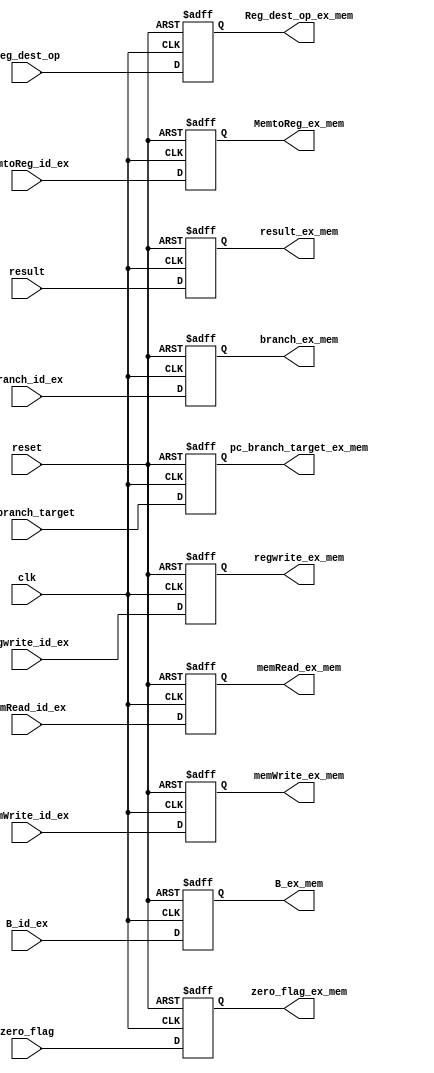
`timescale 1ns / 1ps
//////////////////////////////////////////////////////////////////////////////////
// Company: 
// Engineer: 
// 
// Design Name: 
// Module Name: ex_mem
// Project Name: 
// Target Devices: 
// Tool Versions: 
// Description: 
// 
// Dependencies: 
// 
// Revision:
// Revision 0.01 - File Created
// Additional Comments:
// 
//////////////////////////////////////////////////////////////////////////////////


module ex_mem(pc_branch_target,zero_flag,result,
B_id_ex, Reg_dest_op,
branch_id_ex,memRead_id_ex,memWrite_id_ex,
regwrite_id_ex,MemtoReg_id_ex,
branch_ex_mem,memRead_ex_mem,memWrite_ex_mem,
regwrite_ex_mem,MemtoReg_ex_mem,
pc_branch_target_ex_mem, result_ex_mem ,
B_ex_mem ,zero_flag_ex_mem, Reg_dest_op_ex_mem,
clk,reset);

input [31:0] pc_branch_target , result , B_id_ex;
input zero_flag;
input [4:0] Reg_dest_op;
input branch_id_ex,memRead_id_ex,memWrite_id_ex;
input regwrite_id_ex,MemtoReg_id_ex;
input clk , reset;

output reg branch_ex_mem,memRead_ex_mem,memWrite_ex_mem;
output reg regwrite_ex_mem,MemtoReg_ex_mem;
output reg[31:0] pc_branch_target_ex_mem, result_ex_mem, B_ex_mem;
output reg zero_flag_ex_mem;
output reg [4:0] Reg_dest_op_ex_mem;

always@(posedge clk or negedge reset)
begin

if(reset == 1'b0)
begin
branch_ex_mem = 0;
memRead_ex_mem = 0;
memWrite_ex_mem = 0;
regwrite_ex_mem = 0;
MemtoReg_ex_mem = 0;
pc_branch_target_ex_mem = 0;
result_ex_mem = 0;
B_ex_mem = 0;
zero_flag_ex_mem = 0;
Reg_dest_op_ex_mem = 0;
end

else
begin
branch_ex_mem = branch_id_ex;
memRead_ex_mem = memRead_id_ex;
memWrite_ex_mem = memWrite_id_ex;
regwrite_ex_mem = regwrite_id_ex;
MemtoReg_ex_mem = MemtoReg_id_ex;
pc_branch_target_ex_mem = pc_branch_target;
result_ex_mem = result;
B_ex_mem = B_id_ex;
zero_flag_ex_mem = zero_flag;
Reg_dest_op_ex_mem = Reg_dest_op;
end
end

endmodule